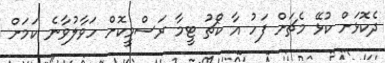
ދެކޮޅަށް ކުޅޭ މެޗަށް ފަހު އާ ކޯޗު ޓީމާ ރަސްމީކޮށް ހަވާލުވާނެ ކަމަށް